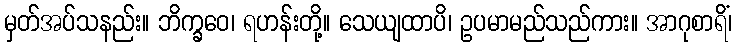
မှတ်အပ်သနည်း။ ဘိက္ခဝေ၊ ရဟန်းတို့။ သေယျထာပိ၊ ဥပမာမည်သည်ကား။ အာဂုစာရိံ၊